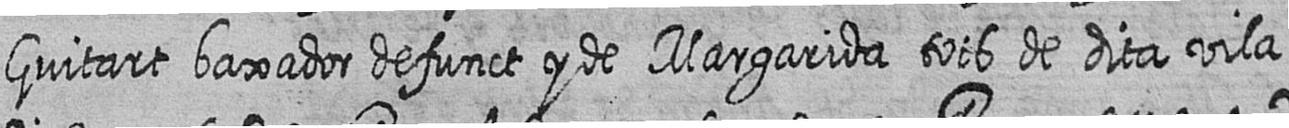
Guitart baxador defunct y de Margarida tots de dita vila